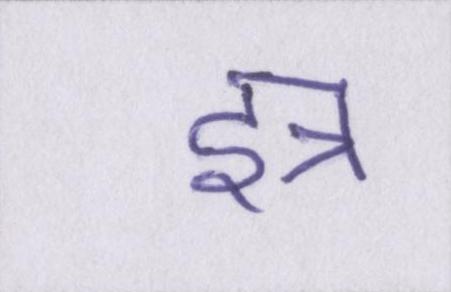
इत्र